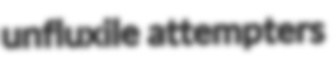
unfluxile attempters